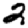
Digit: 2